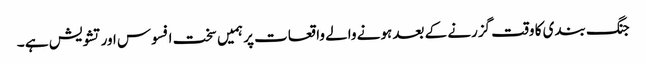
جنگ بندی کا وقت گزرنے کے بعد ہونے والے واقعات پر ہمیں سخت افسوس اور تشویش ہے ۔